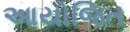
આયોજિત